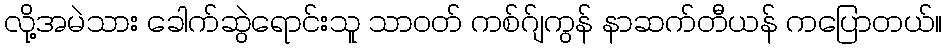
လို့အမဲသား ခေါက်ဆွဲရောင်းသူ သာဝတ် ကစ်ဂ်ျကွန် နာဆက်တီယန် ကပြောတယ်။